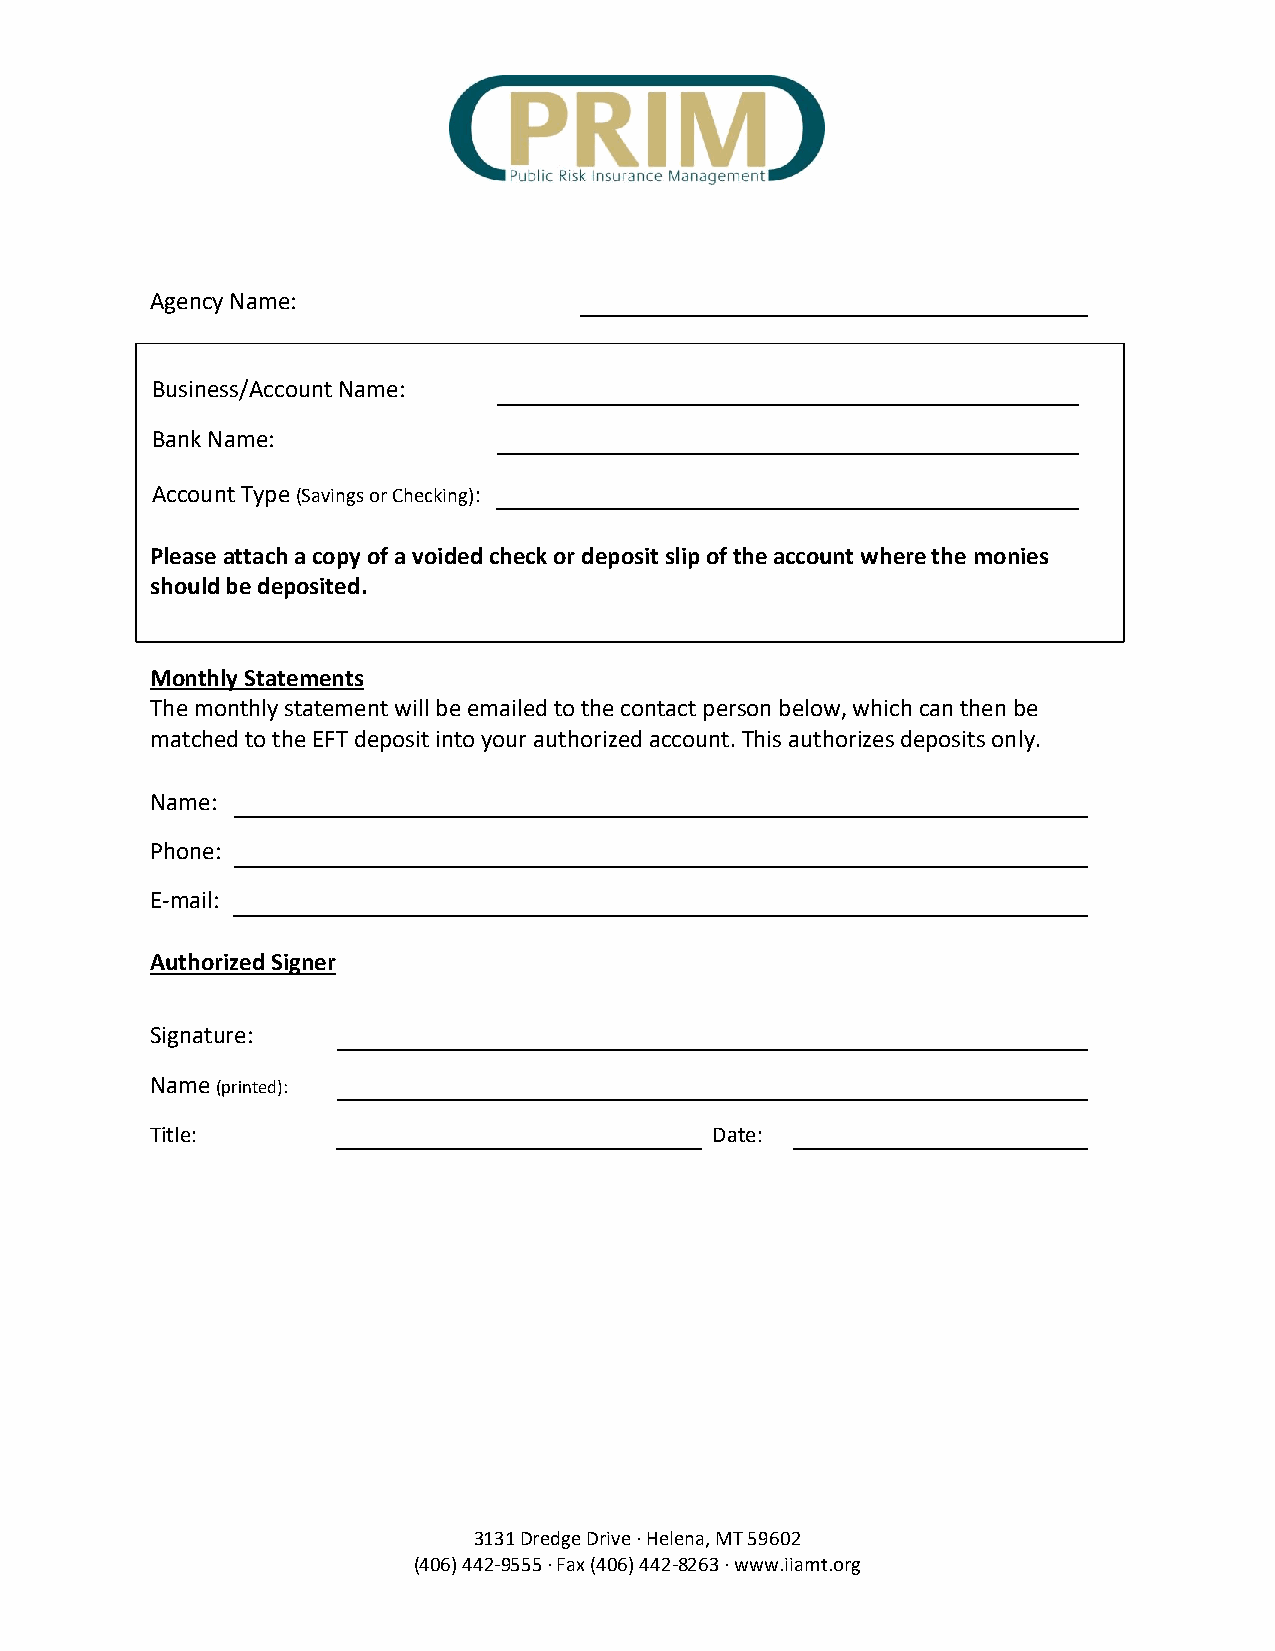
Agency Name:
 Business/Account Name:
 Bank Name:
 Account Type (Savings or Checking):
 Please attach a copy of a voided check or deposit slip of the account where the monies
 should be deposited.
 Monthly Statements
 The monthly statement will be emailed to the contact person below, which can then be
 matched to the EFT deposit into your authorized account. This authorizes deposits only.
 Name:
 Phone:
 E-mail:
 Authorized Signer
 Signature:
 Name (printed):
 Title:                               Date:
 3131 Dredge Drive ∙ Helena, MT 59602
 (406) 442-9555 ∙ Fax (406) 442-8263 ∙ www.iiamt.org